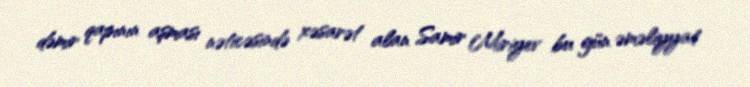
dəmir qapının aşması nəticəsində xəsarət alan Samir Miriyev bu gün əməliyyat